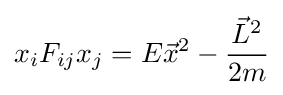
x_{i}F_{ij}x_{j}=E{\vec {x}}^{2}-{\frac {{\vec {L}}^{2}}{2m}}